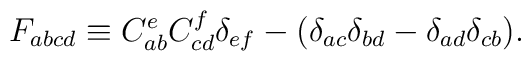
F_{abcd}\equiv C_{ab}^eC_{cd}^f\delta _{ef}-(\delta _{ac}\delta _{bd}-\delta_{ad}\delta _{cb}).